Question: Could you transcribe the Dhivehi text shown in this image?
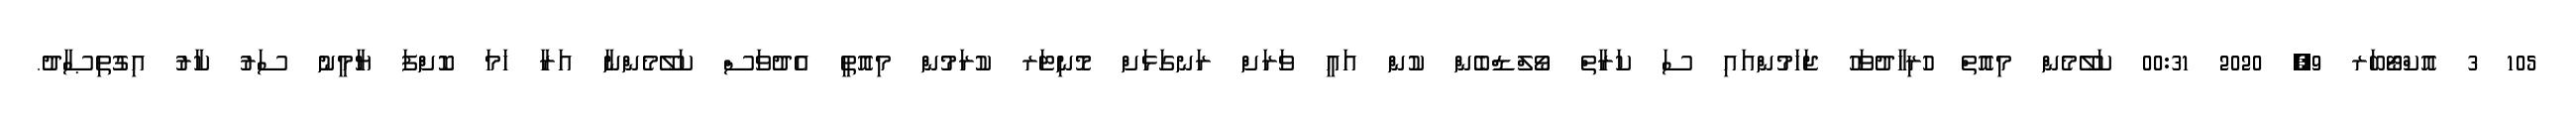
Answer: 105 3 އޮކްޓޯބަރ 9, 2020 00:31 ކަލޭމެން މިއޮތް ހުރިހާދުވަހު ޖަހަމުންއައި ސަ ކަރާތް ވޯލްޑްބެން ކުން އައީ ވަރަށް ރަނގަޅަށް މޮނިޓަރ ކުރަމުން މިއޮތީ އެދުވަސް ކަލޭމެންނާ އަރާ ހަމަ ކޮށްފަ ޔާމީނު ސަރު ކާރު އިގުތިޞާދު.